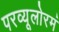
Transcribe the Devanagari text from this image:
परव्यूलोरमं